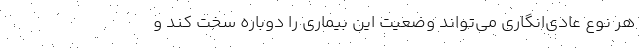
هر نوع عادی‌انگاری می‌تواند وضعیت این بیماری را دوباره سخت کند و